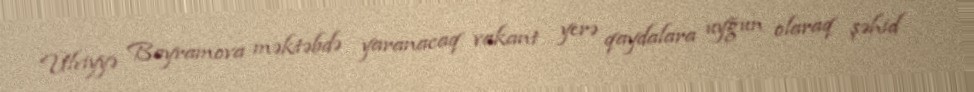
Ülviyyə Bayramova məktəbdə yaranacaq vakant yerə qaydalara uyğun olaraq şəhid